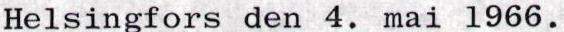
Helsingfors den 4. mai 1966.